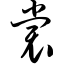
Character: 裳